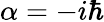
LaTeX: \alpha=-i\hbar